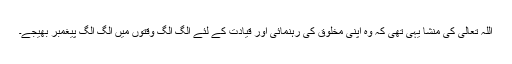
اللہ تعالیٰ کی منشا یہی تھی کہ وہ اپنی مخلوق کی رہنمائی اور قیادت کے لئے الگ الگ وقتوں میں الگ الگ پیغمبر بھیجے۔